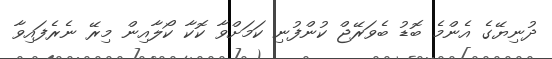
ދުނިޔޭގެ އެންމެ ބޮޑު ބެވަރޭޖް ކުންފުނި ކަމަށްވާ ކޮކާ ކޯލާއިން މިރޭ ނެރެފައިވާ